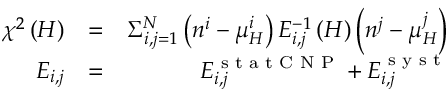
\begin{array} { r l r } { \chi ^ { 2 } \left( H \right) } & { = } & { \Sigma _ { i , j = 1 } ^ { N } \left( n ^ { i } - \mu _ { H } ^ { i } \right) E _ { i , j } ^ { - 1 } \left( H \right) \left( n ^ { j } - \mu _ { H } ^ { j } \right) } \\ { E _ { i , j } } & { = } & { E _ { i , j } ^ { \textrm { s t a t C N P } } + E _ { i , j } ^ { \textrm { s y s t } } } \end{array}